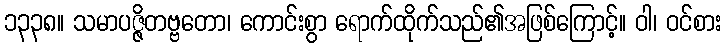
၁၃၃၈။ သမာပဇ္ဇိတဗ္ဗတော၊ ကောင်းစွာ ရောက်ထိုက်သည်၏အဖြစ်ကြောင့်။ ဝါ၊ ဝင်စား